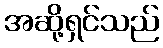
အဆို့ရှင်သည်